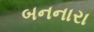
બનનારા